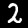
Digit: 2